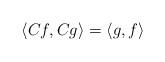
LaTeX: \begin{align*}\langle C f, C g\rangle=\langle g, f\rangle\end{align*}